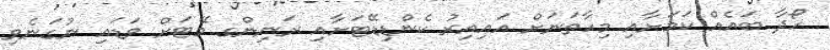
ހޯދާ ބައެއް ކަމަށާއި މިހާތަނަށް އައިއިރު ކެންޑިޑޭޓަށާއި ރަނިންގ މޭޓަށް ވަޑައި ނުގަނެވި